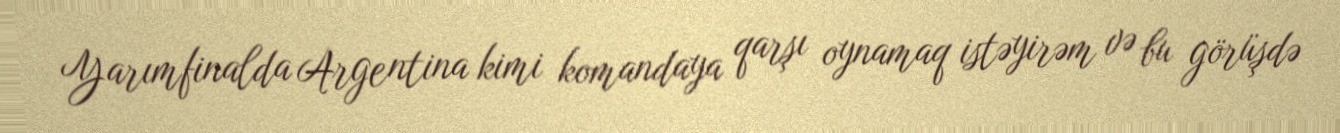
Yarımfinalda Argentina kimi komandaya qarşı oynamaq istəyirəm və bu görüşdə